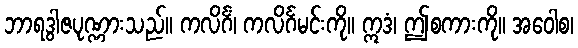
ဘာရဒွါဇပုဏ္ဏားသည်။ ကလိင်္ဂံ၊ ကလိင်္ဂမင်းကို။ ဣဒံ၊ ဤစကားကို။ အဝေါစ၊